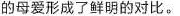
的母爱形成了鲜明的对比。